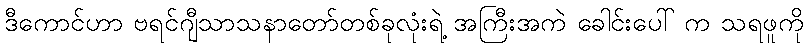
ဒီကောင်ဟာ ဗရင်ဂျီသာသနာတော်တစ်ခုလုံးရဲ့ အကြီးအကဲ ခေါင်းပေါ် က သရဖူကို